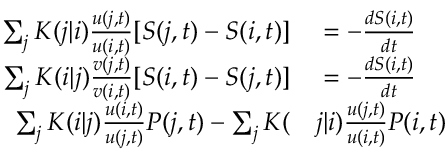
\begin{array} { r l } { \sum _ { j } K ( j | i ) \frac { u ( j , t ) } { u ( i , t ) } [ S ( j , t ) - S ( i , t ) ] } & { { } = - \frac { d S ( i , t ) } { d t } } \\ { \sum _ { j } K ( i | j ) \frac { v ( j , t ) } { v ( i , t ) } [ S ( i , t ) - S ( j , t ) ] } & { { } = - \frac { d S ( i , t ) } { d t } } \\ { \sum _ { j } K ( i | j ) \frac { u ( i , t ) } { u ( j , t ) } P ( j , t ) - \sum _ { j } K ( } & { { } j | i ) \frac { u ( j , t ) } { u ( i , t ) } P ( i , t ) } \end{array}